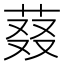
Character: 𬝉